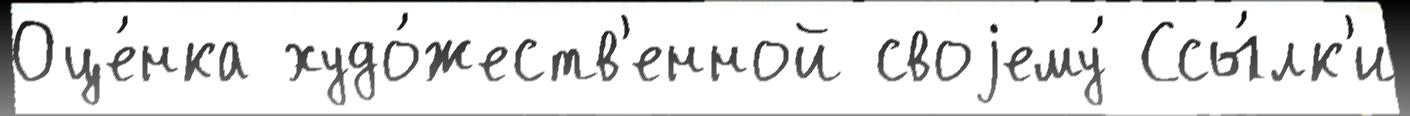
Оце́нка худо́жеств'енной своjему́ Ссы́лк'и